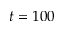
t = 1 0 0